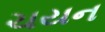
ચયન